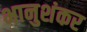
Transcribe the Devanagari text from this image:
भानुशंकर